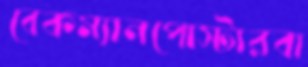
বেকম্যানপোস্টারবা